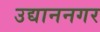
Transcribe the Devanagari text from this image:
उद्याननगर